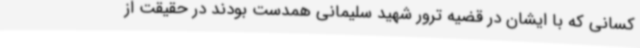
کسانی که با ایشان در قضیه ترور شهید سلیمانی همدست بودند در حقیقت از